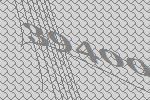
39400